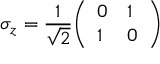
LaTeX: \sigma _ { z } = { \frac { 1 } { \sqrt { 2 } } } { \left( \begin{array} { l l } { 0 } & { 1 } \\ { 1 } & { 0 } \end{array} \right) }